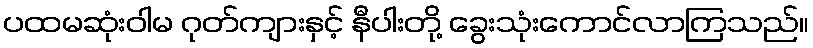
ပထမဆုံးဝါမ ဂုတ်ကျားနှင့် နီပါးတို့ ခွေးသုံးကောင်လာကြသည်။